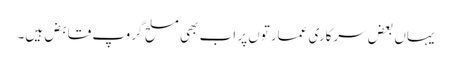
یہاں بعض سرکاری عمارتوں پر اب بھی مسلح گروپ قابض ہیں۔